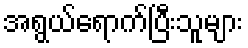
အရွယ်ရောက်ပြီးသူများ